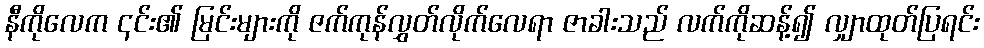
နီကိုလေက ၎င်း၏ မြင်းများကို ဇက်ကုန်လွှတ်လိုက်လေရာ ဇာခါးသည် လက်ကိုဆန့်၍ လျှာထုတ်ပြရင်း